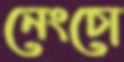
নেংচো